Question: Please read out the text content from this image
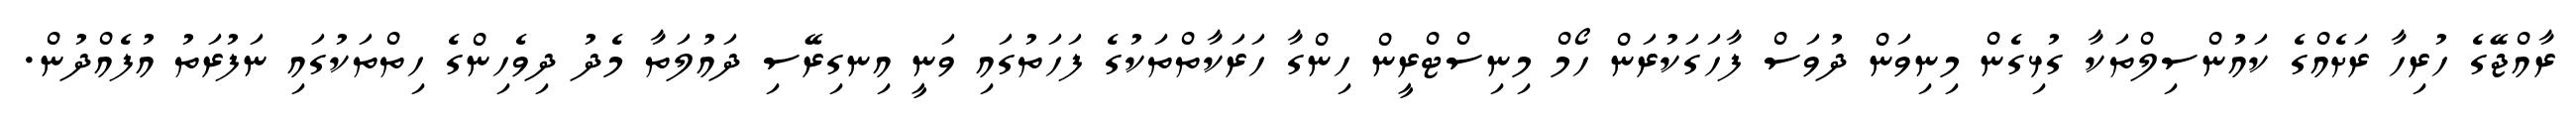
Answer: ރާއްޖޭގެ ހުރިހާ ރަށެއްގެ ކައުންސިލްތަކާ ގުޅިގެން މިނިވަން ދުވަސް ފާހަގަކުރަން ހޯމް މިނިސްޓްރީން ހިންގާ ހަރަކާތްތަކުގެ ފަހަތުގައި ވަނީ އިނގިރޭސި ދައުލަތާ މެދު ދިވެހިންގެ ހިތްތަކުގައި ނަފުރަތު އުފެއްދުން.